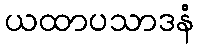
ယထာပသာဒနံ